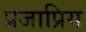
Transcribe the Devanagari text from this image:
प्रजाप्रिय